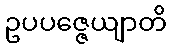
ဥပပဇ္ဇေယျာတိ